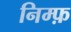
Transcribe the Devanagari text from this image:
निम्फ़